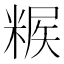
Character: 𥺶